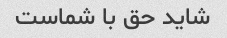
شاید حق با شماست